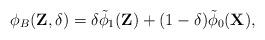
LaTeX: \begin{align*}\phi_{B}(\textbf{Z},\delta)= \delta \tilde{\phi}_1(\textbf{Z}) + (1-\delta)\tilde{\phi}_0(\textbf{X}),\end{align*}